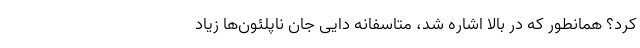
کرد؟ همانطور که در بالا اشاره شد، متاسفانه دایی جان ناپلئون‌ها زیاد